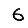
Digit: 6